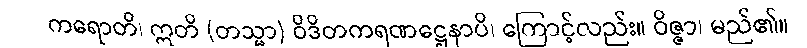
ကရောတိ၊ ဣတိ (တသ္မာ) ဝိဒိတကရဏဋ္ဌေနာပိ၊ ကြောင့်လည်း။ ဝိဇ္ဇာ၊ မည်၏။